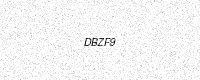
Text: DBZF9